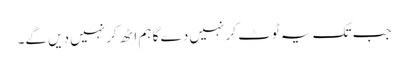
جب تک یہ ٹوٹ کر نہیں دے گا ہم اٹھ کر نہیں دیں گے۔